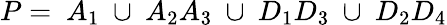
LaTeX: P=~A_{1}~\cup~A_{2}A_{3}~\cup~D_{1}D_{3}~\cup~D_{2}D_{4}